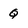
Character: Q